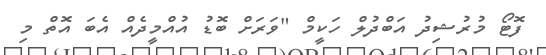
ފޮޓޯ މުރުޝިދު އަބްދުލް ހަކީމް "ވަރަށް ބޮޑު އުއްމީދެއް އެބަ އޮތް މި